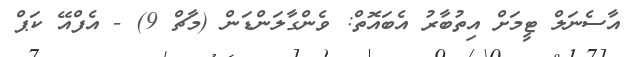
އާސެނަލް ޓީމަށް އިތުބާރު އެބައޮތް: ވެންގާލަންޑަން (މާޗް 9) - އެފްއޭ ކަޕް